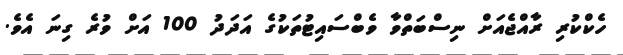
ހެކްކުރި ރާއްޖެއަށް ނިސްބަތްވާ ވެބްސައިޓުތަކުގެ އަދަދު 100 އަށް ވުރެ ގިނަ އެވެ.